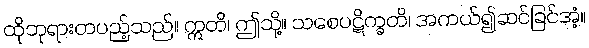
ထိုဘုရားတပည့်သည်။ ဣတိ၊ ဤသို့။ သစေပဋိက္ခတိ၊ အကယ်၍ဆင်ခြင်အံ့။